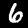
Label: 6